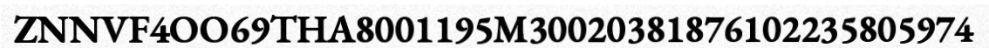
ZNNVF4OO69THA8001195M30020381876102235805974